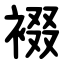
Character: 裰